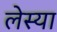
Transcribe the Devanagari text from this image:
लेस्या